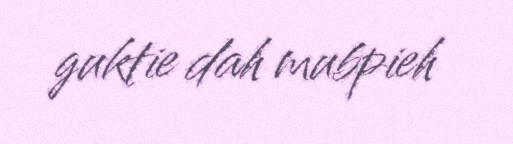
guktie dah mubpieh